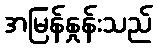
အမြန်နှုန်းသည်